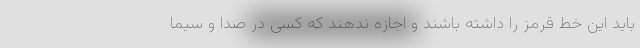
باید این خط قرمز را داشته باشند و اجازه ندهند که کسی در صدا و سیما